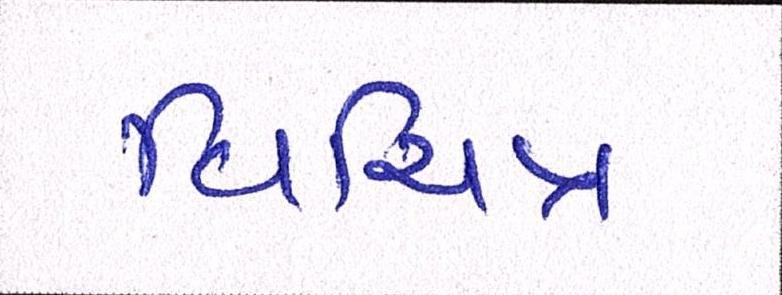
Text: વિચિત્ર